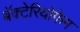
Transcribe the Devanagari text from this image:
बॅक्टेरियोफेग